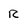
Character: R